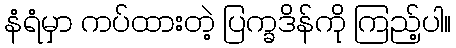
နံရံမှာ ကပ်ထားတဲ့ ပြက္ခဒိန်ကို ကြည့်ပါ။